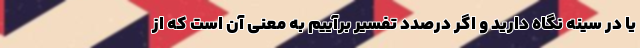
یا در سینه نگاه دارید و اگر درصدد تفسیر برآییم به معنی آن است که از